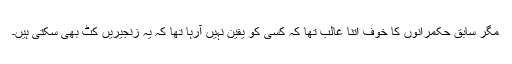
مگر سابق حکمرانوں کا خوف اتنا غالب تھا کہ کسی کو یقین نہیں آرہا تھا کہ یہ زنجیریں کٹ بھی سکتی ہیں۔